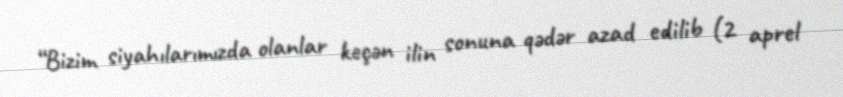
“Bizim siyahılarımızda olanlar keçən ilin sonuna qədər azad edilib (2 aprel